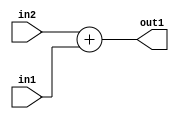
`timescale 1ps / 1ps
/*****************************************************************************
    Verilog RTL Description
    
    
    Created by: Stratus DpOpt 21.05.01 
*******************************************************************************/

module SobelFilter_Add_33Ux33U_33U_4 (
	in2,
	in1,
	out1
	); /* architecture "behavioural" */ 
input [32:0] in2,
	in1;
output [32:0] out1;
wire [32:0] asc001;

assign asc001 = 
	+(in2)
	+(in1);

assign out1 = asc001;
endmodule

/* CADENCE  urn1SQE= : u9/ySxbfrwZIxEzHVQQV8Q== ** DO NOT EDIT THIS LINE ******/